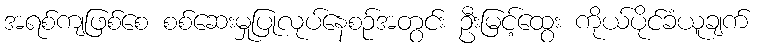
အရစ်ကျဖြစ်စေ စစ်ဆေးမှုပြုလုပ်နေစဉ်အတွင်း ဦးမြင့်ထွေး ကိုယ်ပိုင်ခံယူချက်